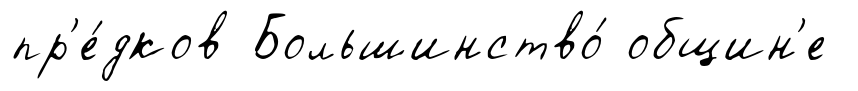
пр'е́дков Большинство́ общин'е